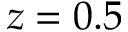
z = 0 . 5